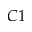
C 1